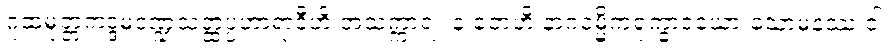
ဂူထမုတ္တကဒ္ဒမဒဏ္ဍသတ္ထပ္ပဟာရာဒီဟိ အသက္ကာရံ။ န တေဟိ နာဂဝမ္မိကရုက္ခာဒယော သောမနဿံ ဝါ